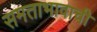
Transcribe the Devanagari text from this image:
समताभावाची